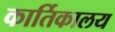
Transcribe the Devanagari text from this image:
कार्तिकालय